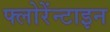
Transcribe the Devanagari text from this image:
फ्लोरेंन्टाइन